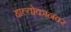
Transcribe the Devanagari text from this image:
हाल्तोकानवर